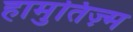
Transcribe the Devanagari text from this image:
हामुतिज़्म